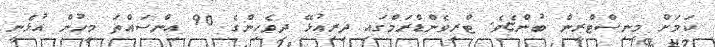
ކަމަށް މިނިސްޓްރީން ބުންޏެވެ. ޓްރިވެންޑްރަމްގައި ދިރިއުޅޭ ދިވެހިންގެ 90 އިންސައްތަ މީހުން އުޅެނީ